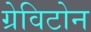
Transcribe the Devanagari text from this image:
ग्रेविटोन